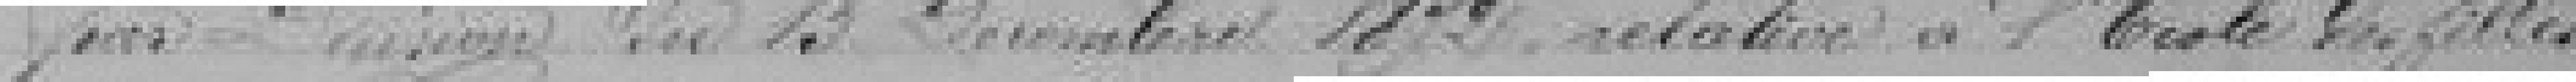
par l'sion du  13 décembre 1892 relative à l'Ecole des Filles.